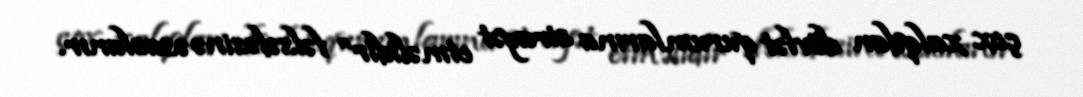
çox xalqdan dövlət qurumlarına sirayət etməlidir” fəlsəfəsinə əsaslanır.